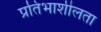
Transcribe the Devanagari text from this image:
प्रतिभाशीलता